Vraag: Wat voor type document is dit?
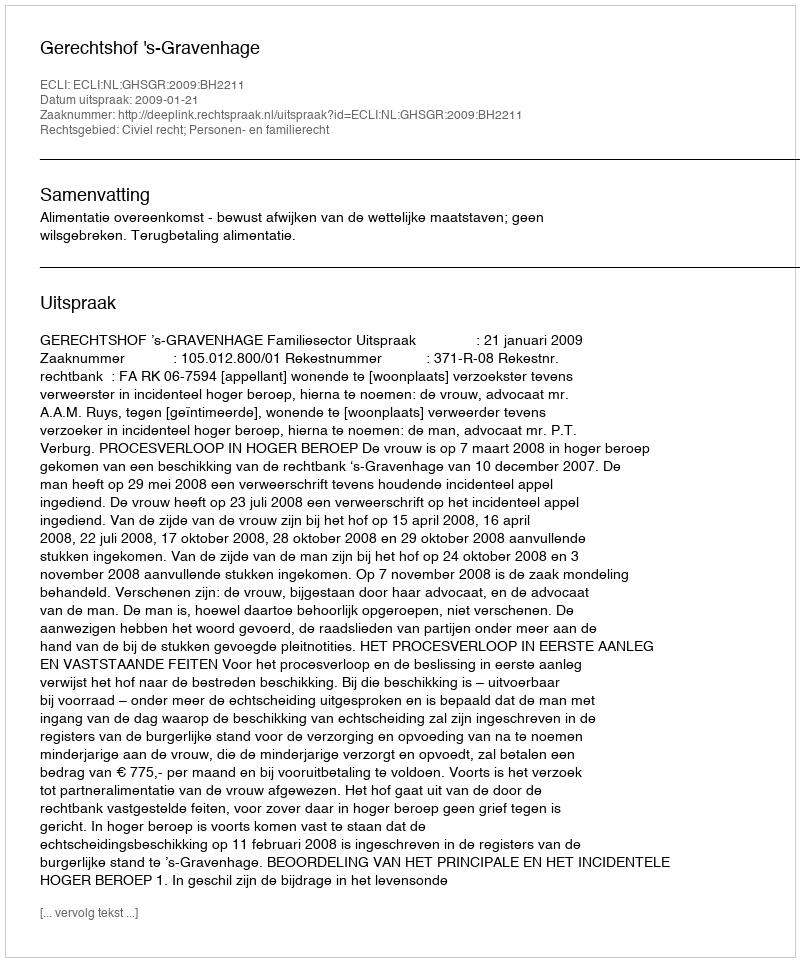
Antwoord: Uitspraak